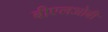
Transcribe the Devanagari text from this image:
बीएलओबी